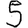
Digit: 5